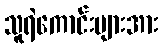
သူရဲကောင်းများအား